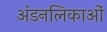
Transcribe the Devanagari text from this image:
अंडनलिकाओं